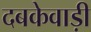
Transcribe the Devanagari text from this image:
दबकेवाड़ी